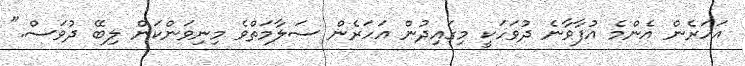
އަހަރެން އެންމެ އުފާވާނެ ދުވަހަކީ މިގައިދުން އަހަރެން ސަލާމަތްވެ މިނިވަންކަން ލިބޭ ދުވަސް."